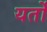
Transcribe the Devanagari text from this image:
यर्तों